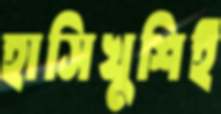
হাসিখুশিই